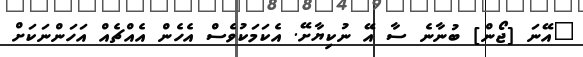
"އޭނަ [ޖޯން] ބުނާނެ ސާ އޭ ނުކިޔާށޭ. އެކަމަކުވެސް އެހެން އެއްޗެއް އަހަންނަކަށް